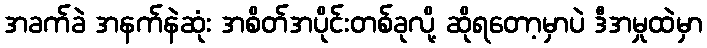
အခက်ခဲ အနက်နဲဆုံး အစိတ်အပိုင်းတစ်ခုလို့ ဆိုရတော့မှာပဲ ဒီအမှုထဲမှာ